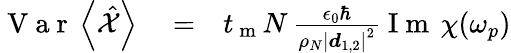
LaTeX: \begin{array}{rlr}{\mathrm{~V~a~r~}\left<\hat{\mathcal X}\right>}&{{}=}&{t_{\mathrm{~m~}}N\, \frac{\epsilon_{0}\hbar}{\rho_{N}\left|\boldsymbol d_{1,2}\right|^{2}}\mathrm{~I~m~}\, \chi(\omega_{p})}\end{array}